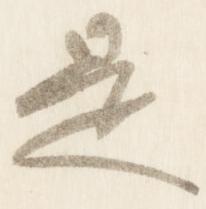
是